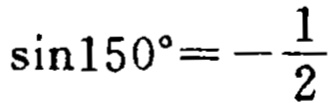
$\sin150^{\circ}=-\frac{1}{2}$